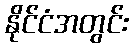
နိုင်ငံအတွင်း